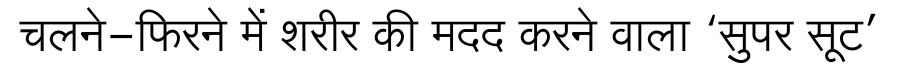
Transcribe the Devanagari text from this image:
चलने-फिरने में शरीर की मदद करने वाला ‘सुपर सूट’